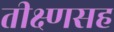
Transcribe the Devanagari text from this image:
तीक्ष्णसह